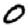
Digit: 0